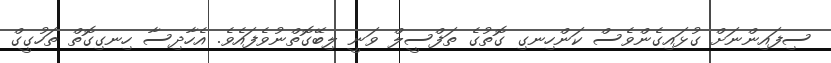
ސިފައިންނަށް ގުޅައިގެންވެސް ކަންހިނގި ގޮތުގެ ތަފްސީލް ވަނީ ލިބޭގޮތްނުވެފައެވެ. އެހާދިސާ ހިނގިގޮތް ތަހުގީގް